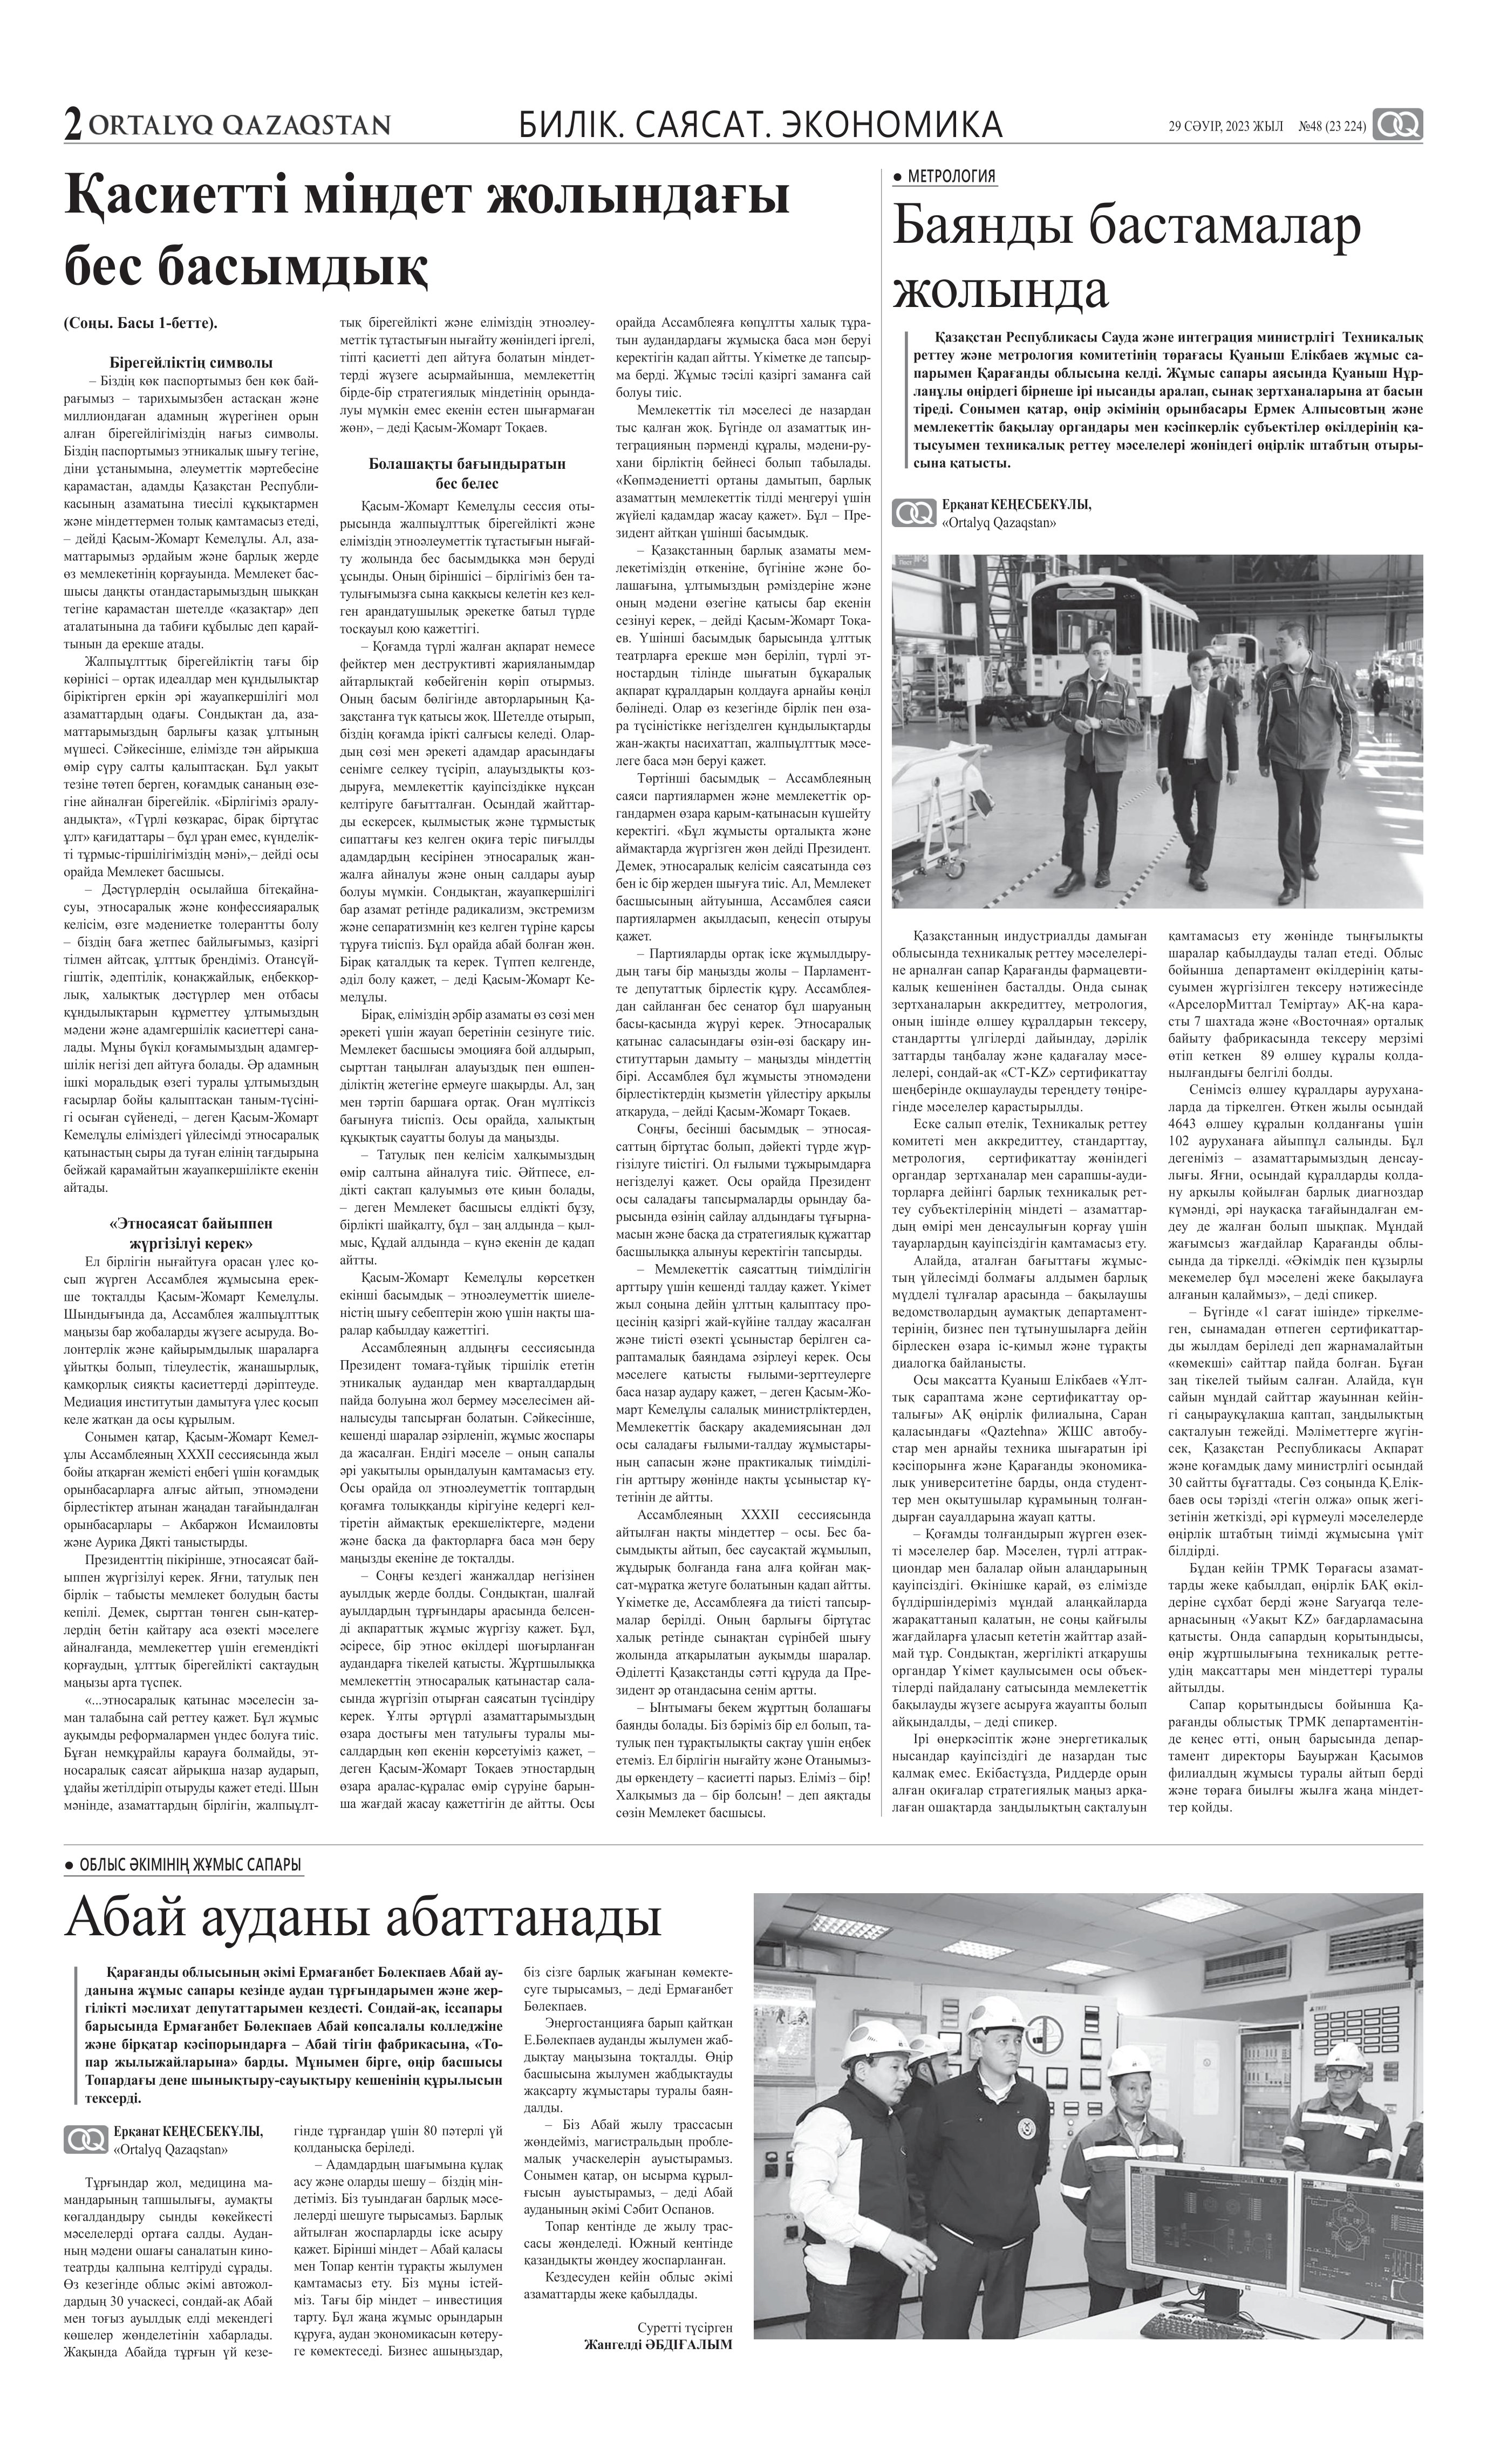
Language: kk